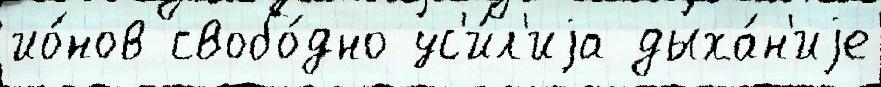
ио́нов свобо́дно ус'и́л'иjа дыха́н'иjе